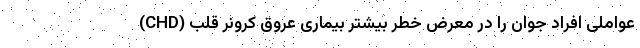
عواملی افراد جوان را در معرض خطر بیشتر بیماری عروق کرونر قلب (CHD)